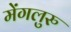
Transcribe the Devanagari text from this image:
मेंगलुरु